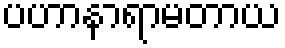
ပဟာနာရာမတာယ